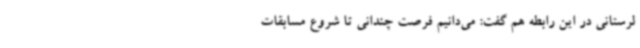
لرستانی در این رابطه هم گفت: می‌دانیم فرصت چندانی تا شروع مسابقات